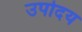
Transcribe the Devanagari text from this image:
उपोदय